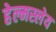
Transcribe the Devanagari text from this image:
हेल्मस्लेय